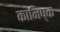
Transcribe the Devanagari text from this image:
कानिष्क